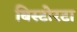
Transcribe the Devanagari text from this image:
बिस्टोरटा